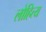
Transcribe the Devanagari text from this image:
लोहित्य